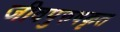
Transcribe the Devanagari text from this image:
जीवपुरुषकृत